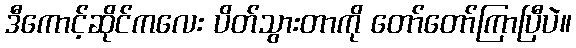
ဒီကောင့်ဆိုင်ကလေး ပိတ်သွားတာကို တော်တော်ကြာပြီပဲ။